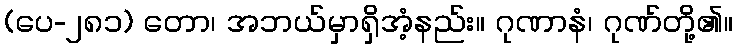
(ပေ-၂၈၁) တော၊ အဘယ်မှာရှိအံ့နည်း။ ဂုဏာနံ၊ ဂုဏ်တို့၏။